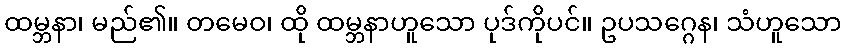
ထမ္ဘနာ၊ မည်၏။ တမေဝ၊ ထို ထမ္ဘနာဟူသော ပုဒ်ကိုပင်။ ဥပသဂ္ဂေန၊ သံဟူသော